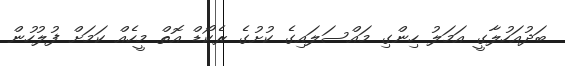
ބަދުއަހުލާގީ އަމަލު ހިންގި މައްސަލައިގެ ކުށުގެ ރެކޯޑް އޮތް މީހެއް ކަމަށް ފުލުހުން